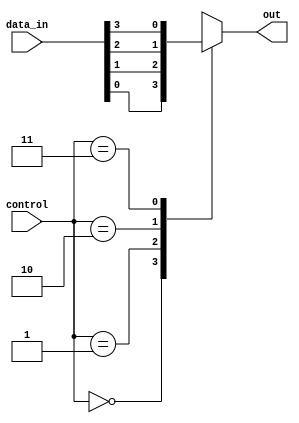
module mux_4to1 (
    input [3:0] data_in,   // 4 input lines
    input [1:0] control,    // 2 control lines
    output reg out
);

always @ (*) begin
    case (control)
        2'b00: out = data_in[0];
        2'b01: out = data_in[1];
        2'b10: out = data_in[2];
        2'b11: out = data_in[3];
    endcase
end

endmodule